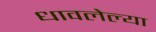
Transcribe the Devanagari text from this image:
धावलेल्या